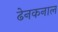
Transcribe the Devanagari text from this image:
ढेनकनाल